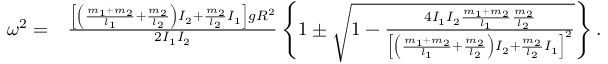
\begin{array} { r l } { \omega ^ { 2 } = } & { \frac { \left[ \left( \frac { m _ { 1 } + m _ { 2 } } { l _ { 1 } } + \frac { m _ { 2 } } { l _ { 2 } } \right) I _ { 2 } + \frac { m _ { 2 } } { l _ { 2 } } I _ { 1 } \right] g R ^ { 2 } } { 2 I _ { 1 } I _ { 2 } } \left\{ 1 \pm \sqrt { 1 - \frac { 4 I _ { 1 } I _ { 2 } \frac { m _ { 1 } + m _ { 2 } } { l _ { 1 } } \frac { m _ { 2 } } { l _ { 2 } } } { \left[ \left( \frac { m _ { 1 } + m _ { 2 } } { l _ { 1 } } + \frac { m _ { 2 } } { l _ { 2 } } \right) I _ { 2 } + \frac { m _ { 2 } } { l _ { 2 } } I _ { 1 } \right] ^ { 2 } } } \right\} . } \end{array}